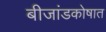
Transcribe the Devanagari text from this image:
बीजांडकोषात